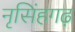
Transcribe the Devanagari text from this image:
नृसिंहगढ़